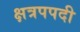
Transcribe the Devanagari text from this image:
क्षत्रपपदी